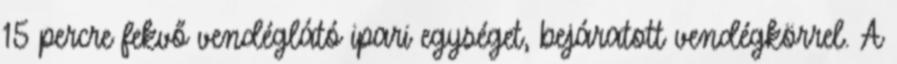
15 percre fekvő vendéglátó ipari egységet, bejáratott vendégkörrel. A